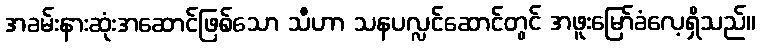
အခမ်းနားဆုံးအဆောင်ဖြစ်သော သီဟာ သနပလ္လင်ဆောင်တွင် အဖူးမြော်ခံလေ့ရှိသည်။